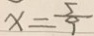
x = \frac { 5 } { 9 }